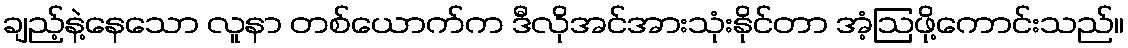
ချည့်နဲ့နေသော လူနာ တစ်ယောက်က ဒီလိုအင်အားသုံးနိုင်တာ အံ့ဩဖို့ကောင်းသည်။